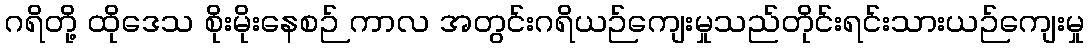
ဂရိတို့ ထိုဒေသ စိုးမိုးနေစဉ် ကာလ အတွင်းဂရိယဉ်ကျေးမှုသည်တိုင်းရင်းသားယဉ်ကျေးမှု